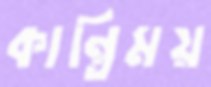
কান্তিময়